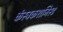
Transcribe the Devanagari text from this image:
कंस्ट्रकशनिस्ट